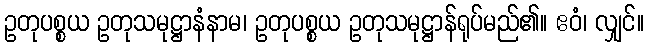
ဥတုပစ္စယ ဥတုသမုဋ္ဌာနံနာမ၊ ဥတုပစ္စယ ဥတုသမုဋ္ဌာန်ရုပ်မည်၏။ ဧဝံ၊ လျှင်။